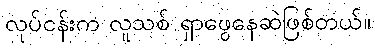
လုပ်ငန်းက လူသစ် ရှာဖွေနေဆဲဖြစ်တယ်။